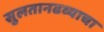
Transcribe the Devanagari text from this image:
सुलतानढव्याचा